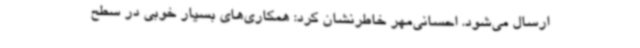
ارسال می‌شود. احسانی‌مهر خاطرنشان کرد: همکاری‌های بسیار خوبی در سطح